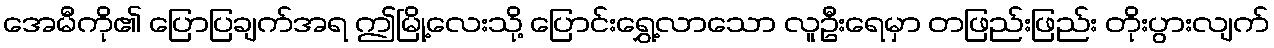
အေမီကို၏ ပြောပြချက်အရ ဤမြို့လေးသို့ ပြောင်းရွှေ့လာသော လူဦးရေမှာ တဖြည်းဖြည်း တိုးပွားလျက်